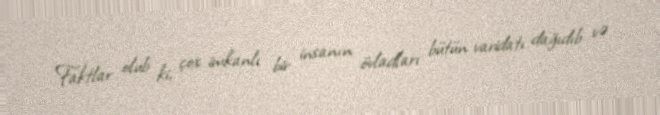
Faktlar olub ki, çox imkanlı bir insanın övladları bütün varidatı dağıdıb və